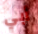
أبي